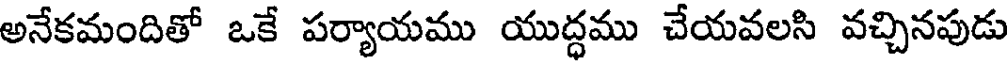
అనేకమందితో ఒకే పర్యాయము యుద్ధము చేయవలసి వచ్చినపుడు